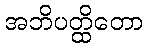
အဘိပတ္ထိတော